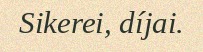
Sikerei, díjai.